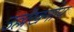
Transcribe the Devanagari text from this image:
उल्लॆखनीय